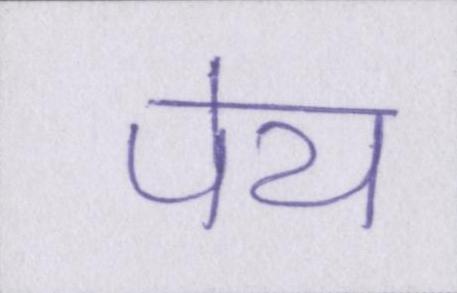
पेय